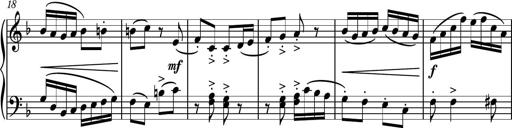
Title: Piano Sonatina II
Composer: Dimitri Sykias
Key: F major